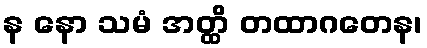
န နော သမံ အတ္ထိ တထာဂတေန၊